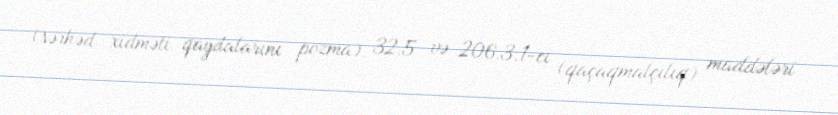
(sərhəd xidməti qaydalarını pozma), 32.5 və 206.3.1-ci (qaçaqmalçılıq) maddələri